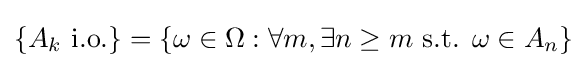
\{A_{k}{\text{ i.o.}}\}=\{\omega \in \Omega :\forall m,\exists n\geq m{\text{ s.t. }}\omega \in A_{n}\}